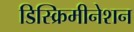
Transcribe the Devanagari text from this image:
डिस्क्रिमीनेशन